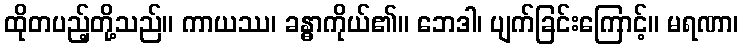
ထိုတပည့်တို့သည်။ ကာယဿ၊ ခန္ဓာကိုယ်၏။ ဘေဒါ၊ ပျက်ခြင်းကြောင့်။ မရဏာ၊